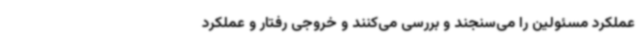
عملکرد مسئولین را می‌سنجند و بررسی می‌کنند و خروجی رفتار و عملکرد